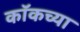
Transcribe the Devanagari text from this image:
कॉकच्या